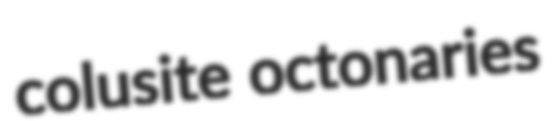
colusite octonaries